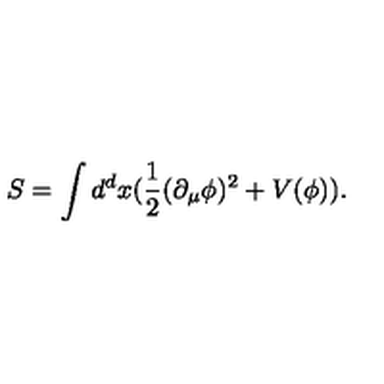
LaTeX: S = \int d ^ { d } x ( \frac { 1 } { 2 } ( \partial _ { \mu } \phi ) ^ { 2 } + V ( \phi ) ) .